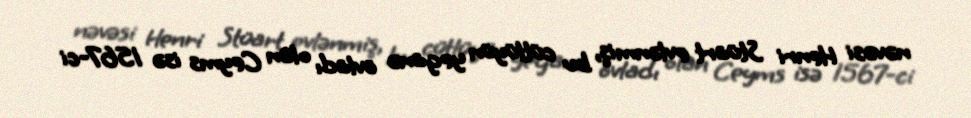
nəvəsi Henri Stüart evlənmiş, bu cütlüyün yeganə övladı olan Ceyms isə 1567-ci